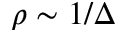
\rho \sim 1 / \Delta